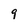
Character: 9